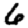
Digit: 6